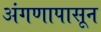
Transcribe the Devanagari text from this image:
अंगणापासून